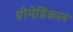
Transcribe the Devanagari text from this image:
प्रीमेडिकल